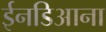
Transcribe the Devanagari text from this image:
ईनडिआना